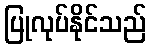
ပြုလုပ်နိုင်သည်